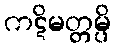
ကဋိမတ္တမ္ပိ